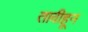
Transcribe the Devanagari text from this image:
तावीहून